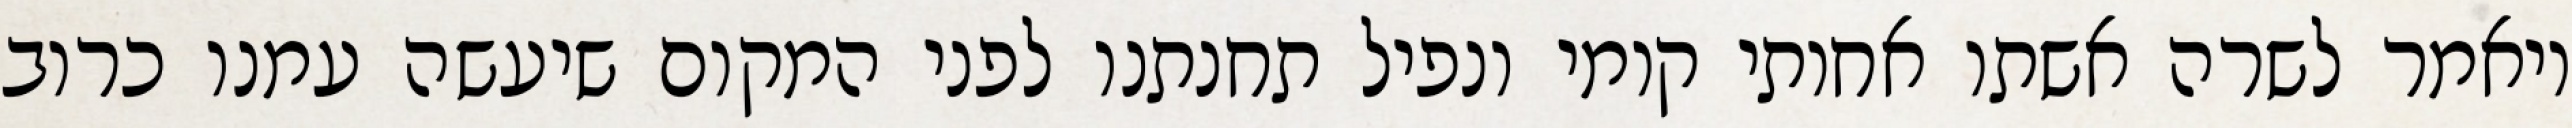
ויאמר לשרה אשתו אחותי קומי ונפיל תחנתנו לפני המקום שיעשה עמנו כרוב